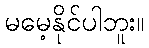
မမေ့နိုင်ပါဘူး။